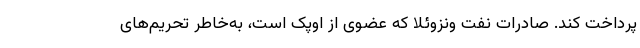
پرداخت کند. صادرات نفت ونزوئلا که عضوی از اوپک است، به‌خاطر تحریم‌های